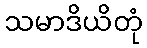
သမာဒိယိတုံ